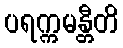
ပရက္ကမန္တီတိ